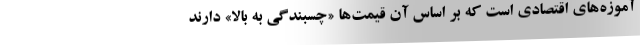
آموزه‌های اقتصادی است که بر اساس آن قیمت‌ها «چسبندگی به بالا» دارند